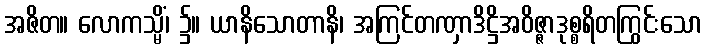
အဇိတ။ လောကသ္မိံ၊ ၌။ ယာနိသောတာနိ၊ အကြင်တဏှာဒိဋ္ဌိအဝိဇ္ဇာဒုစ္စရိတကြွင်းသော